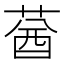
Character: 𦳷